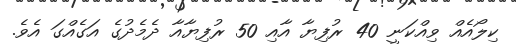
ކިލޯއެއް ވިއްކަނީ 40 ރުފިޔާ އާއި 50 ރުފިޔާއާ ދެމެދުގެ އަގެއްގަ އެވެ.